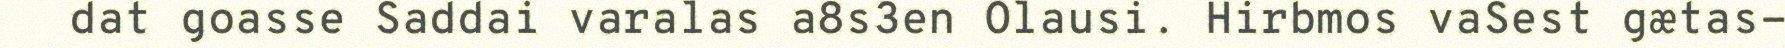
dat goasse Saddai varalas a8s3en Olausi. Hirbmos vaSest gætas-